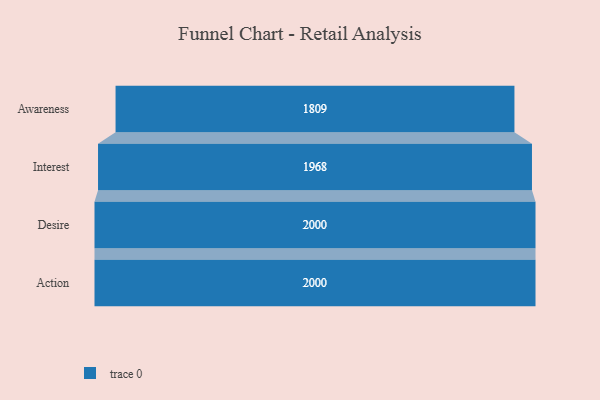
{"axis": {"x": "Stage", "y": "Value"}, "legend": [""], "data": [{"x": "Awareness", "y": 1809.0, "type": ""}, {"x": "Interest", "y": 1968.0, "type": ""}, {"x": "Desire", "y": 2000, "type": ""}, {"x": "Action", "y": 2000, "type": ""}]}